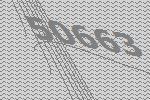
50663